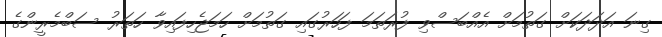
ގިނަ އަދަދަކަށް ގަތުމަށް އެއްބަސްވި ފުރަތަމަ ފަހަރުގައި ގަތުމަށް ހަމަޖެހިފައިވާ ހަތަރު ސަބްމެރީންގެ